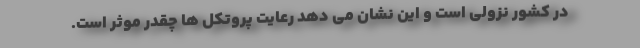
در کشور نزولی است و این نشان می دهد رعایت پروتکل ها چقدر موثر است.